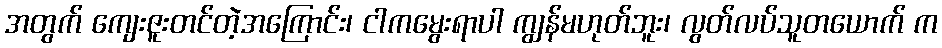
အတွက် ကျေးဇူးတင်တဲ့အကြောင်း၊ ငါကမွေးရာပါ ကျွန်မဟုတ်ဘူး၊ လွတ်လပ်သူတယောက် က